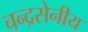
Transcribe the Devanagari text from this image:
चन्द्रसेनीय